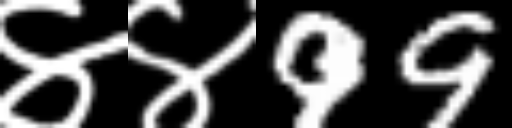
Text: ४४99